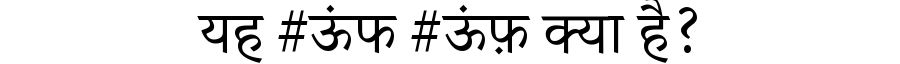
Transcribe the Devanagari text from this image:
यह #ऊंफ #ऊंफ़ क्या है?